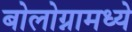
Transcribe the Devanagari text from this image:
बोलोग्नामध्ये